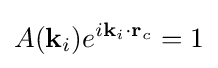
A(\mathbf {k} _{i})e^{i\mathbf {k} _{i}\cdot \mathbf {r} _{c}}=1